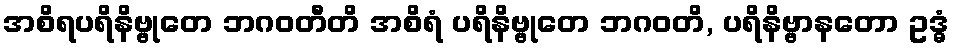
အစိရပရိနိဗ္ဗုတေ ဘဂဝတီတိ အစိရံ ပရိနိဗ္ဗုတေ ဘဂဝတိ, ပရိနိဗ္ဗာနတော ဥဒ္ဓံ